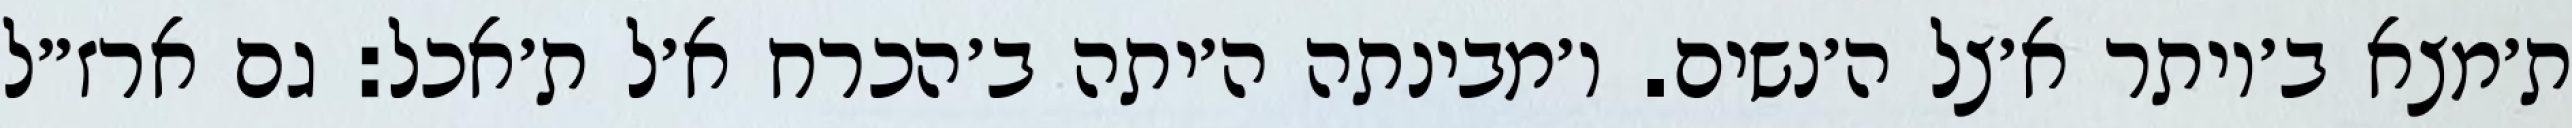
ת׳מצא ב׳יותר א׳צל ה׳נשים. ו׳מבינתה ה׳יתה ב׳הכרח א׳ל ת׳אכל: גם ארז״ל